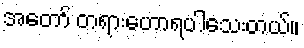
အတော် တရားဟောရပါသေးတယ်။